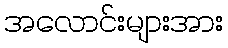
အလောင်းများအား